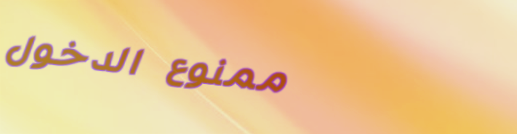
ممنوع الدخول